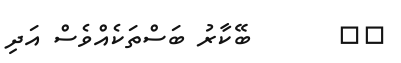
٢٥       ބޭކާރު ބަސްތަކެއްވެސް އަދި